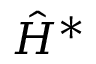
{ \hat { H } } ^ { * }